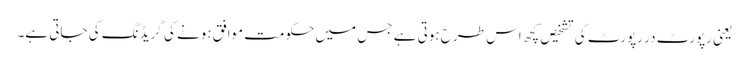
یعنی رپورٹ در رپورٹ کی تشخیص کچھ اس طرح ہوتی ہے جس میں حکومت موافق ہونے کی گریڈنگ کی جاتی ہے۔